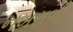
નખરાળી